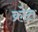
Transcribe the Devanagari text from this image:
क्रोत